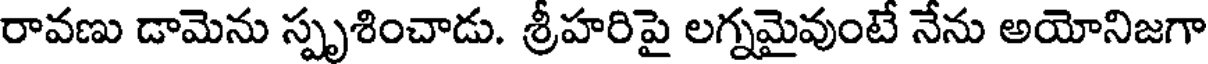
రావణు డామెను స్పృశించాడు. శ్రీహరిపై లగ్నమైవుంటే నేను అయోనిజగా